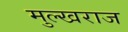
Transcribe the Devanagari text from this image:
मुल्खराज